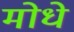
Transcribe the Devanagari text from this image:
मोधे